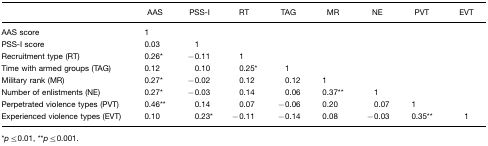
<table><thead><tr><td></td><td><b>AAS</b></td><td><b>PSS-I</b></td><td><b>RT</b></td><td><b>TAG</b></td><td><b>MR</b></td><td><b>NE</b></td><td><b>PVT</b></td><td><b>EVT</b></td></tr></thead><tbody><tr><td>AAS score</td><td>1</td><td></td><td></td><td></td><td></td><td></td><td></td><td></td></tr><tr><td>PSS-I score</td><td>0.03</td><td>1</td><td></td><td></td><td></td><td></td><td></td><td></td></tr><tr><td>Recruitment type (RT)</td><td>0.26*</td><td>−0.11</td><td>1</td><td></td><td></td><td></td><td></td><td></td></tr><tr><td>Time with armed groups (TAG)</td><td>0.12</td><td>0.10</td><td>0.25*</td><td>1</td><td></td><td></td><td></td><td></td></tr><tr><td>Military rank (MR)</td><td>0.27*</td><td>−0.02</td><td>0.12</td><td>0.12</td><td>1</td><td></td><td></td><td></td></tr><tr><td>Number of enlistments (NE)</td><td>0.27*</td><td>−0.03</td><td>0.14</td><td>0.06</td><td>0.37**</td><td>1</td><td></td><td></td></tr><tr><td>Perpetrated violence types (PVT)</td><td>0.46**</td><td>0.14</td><td>0.07</td><td>−0.06</td><td>0.20</td><td>0.07</td><td>1</td><td></td></tr><tr><td>Experienced violence types (EVT)</td><td>0.10</td><td>0.23*</td><td>−0.11</td><td>−0.14</td><td>0.08</td><td>−0.03</td><td>0.35**</td><td>1</td></tr></tbody></table>